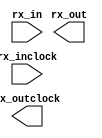
// megafunction wizard: %ALTLVDS_RX%VBB%
// GENERATION: STANDARD
// VERSION: WM1.0
// MODULE: ALTLVDS_RX 

// ============================================================
// Megafunction Name(s):
// 			ALTLVDS_RX
//
// Simulation Library Files(s):
// 			altera_mf
// ============================================================
// ************************************************************
// THIS IS A WIZARD-GENERATED FILE. DO NOT EDIT THIS FILE!
//
// 13.0.1 Build 232 06/12/2013 SP 1 SJ Web Edition
// ************************************************************

//Copyright (C) 1991-2013 Altera Corporation
//Your use of Altera Corporation's design tools, logic functions 
//and other software and tools, and its AMPP partner logic 
//functions, and any output files from any of the foregoing 
//(including device programming or simulation files), and any 
//associated documentation or information are expressly subject 
//to the terms and conditions of the Altera Program License 
//Subscription Agreement, Altera MegaCore Function License 
//Agreement, or other applicable license agreement, including, 
//without limitation, that your use is for the sole purpose of 
//programming logic devices manufactured by Altera and sold by 
//Altera or its authorized distributors.  Please refer to the 
//applicable agreement for further details.

module lvds_rx (
	rx_in,
	rx_inclock,
	rx_out,
	rx_outclock);

	input	[0:0]  rx_in;
	input	  rx_inclock;
	output	[9:0]  rx_out;
	output	  rx_outclock;

endmodule

// ============================================================
// CNX file retrieval info
// ============================================================
// Retrieval info: LIBRARY: altera_mf altera_mf.altera_mf_components.all
// Retrieval info: PRIVATE: Bitslip NUMERIC "0"
// Retrieval info: PRIVATE: Clock_Choices STRING "tx_coreclock"
// Retrieval info: PRIVATE: Clock_Mode NUMERIC "0"
// Retrieval info: PRIVATE: Data_rate STRING "800.0"
// Retrieval info: PRIVATE: Deser_Factor NUMERIC "10"
// Retrieval info: PRIVATE: Dpll_Lock_Count NUMERIC "0"
// Retrieval info: PRIVATE: Dpll_Lock_Window NUMERIC "0"
// Retrieval info: PRIVATE: Enable_DPA_Mode STRING "OFF"
// Retrieval info: PRIVATE: Enable_FIFO_DPA_Channels NUMERIC "0"
// Retrieval info: PRIVATE: Ext_PLL STRING "OFF"
// Retrieval info: PRIVATE: INTENDED_DEVICE_FAMILY STRING "Cyclone II"
// Retrieval info: PRIVATE: Le_Serdes STRING "ON"
// Retrieval info: PRIVATE: Num_Channel NUMERIC "1"
// Retrieval info: PRIVATE: Outclock_Divide_By NUMERIC "0"
// Retrieval info: PRIVATE: pCNX_OUTCLK_ALIGN NUMERIC "0"
// Retrieval info: PRIVATE: pINCLOCK_PHASE_SHIFT STRING "0.00"
// Retrieval info: PRIVATE: PLL_Enable NUMERIC "0"
// Retrieval info: PRIVATE: PLL_Freq STRING "50.00"
// Retrieval info: PRIVATE: PLL_Period STRING "20.000"
// Retrieval info: PRIVATE: pOUTCLOCK_PHASE_SHIFT NUMERIC "0"
// Retrieval info: PRIVATE: Reg_InOut NUMERIC "1"
// Retrieval info: PRIVATE: Use_Cda_Reset NUMERIC "0"
// Retrieval info: PRIVATE: Use_Clock_Resc STRING "AUTO"
// Retrieval info: PRIVATE: Use_Common_Rx_Tx_Plls NUMERIC "0"
// Retrieval info: PRIVATE: Use_Data_Align NUMERIC "0"
// Retrieval info: PRIVATE: Use_Lock NUMERIC "0"
// Retrieval info: PRIVATE: Use_Pll_Areset NUMERIC "0"
// Retrieval info: PRIVATE: Use_Rawperror NUMERIC "0"
// Retrieval info: PRIVATE: Use_Tx_Out_Phase NUMERIC "0"
// Retrieval info: CONSTANT: BUFFER_IMPLEMENTATION STRING "MUX"
// Retrieval info: CONSTANT: CDS_MODE STRING "UNUSED"
// Retrieval info: CONSTANT: COMMON_RX_TX_PLL STRING "OFF"
// Retrieval info: CONSTANT: clk_src_is_pll STRING "off"
// Retrieval info: CONSTANT: DATA_ALIGN_ROLLOVER NUMERIC "4"
// Retrieval info: CONSTANT: DATA_RATE STRING "800.0 Mbps"
// Retrieval info: CONSTANT: DESERIALIZATION_FACTOR NUMERIC "10"
// Retrieval info: CONSTANT: DPA_INITIAL_PHASE_VALUE NUMERIC "0"
// Retrieval info: CONSTANT: DPLL_LOCK_COUNT NUMERIC "0"
// Retrieval info: CONSTANT: DPLL_LOCK_WINDOW NUMERIC "0"
// Retrieval info: CONSTANT: ENABLE_CLOCK_PIN_MODE STRING "UNUSED"
// Retrieval info: CONSTANT: ENABLE_DPA_ALIGN_TO_RISING_EDGE_ONLY STRING "OFF"
// Retrieval info: CONSTANT: ENABLE_DPA_CALIBRATION STRING "ON"
// Retrieval info: CONSTANT: ENABLE_DPA_FIFO STRING "UNUSED"
// Retrieval info: CONSTANT: ENABLE_DPA_INITIAL_PHASE_SELECTION STRING "OFF"
// Retrieval info: CONSTANT: ENABLE_DPA_MODE STRING "OFF"
// Retrieval info: CONSTANT: ENABLE_DPA_PLL_CALIBRATION STRING "OFF"
// Retrieval info: CONSTANT: ENABLE_SOFT_CDR_MODE STRING "OFF"
// Retrieval info: CONSTANT: IMPLEMENT_IN_LES STRING "ON"
// Retrieval info: CONSTANT: INCLOCK_BOOST NUMERIC "0"
// Retrieval info: CONSTANT: INCLOCK_DATA_ALIGNMENT STRING "EDGE_ALIGNED"
// Retrieval info: CONSTANT: INCLOCK_PERIOD NUMERIC "20000"
// Retrieval info: CONSTANT: INCLOCK_PHASE_SHIFT NUMERIC "0"
// Retrieval info: CONSTANT: INPUT_DATA_RATE NUMERIC "800"
// Retrieval info: CONSTANT: INTENDED_DEVICE_FAMILY STRING "Cyclone II"
// Retrieval info: CONSTANT: LOSE_LOCK_ON_ONE_CHANGE STRING "UNUSED"
// Retrieval info: CONSTANT: LPM_HINT STRING "UNUSED"
// Retrieval info: CONSTANT: LPM_TYPE STRING "altlvds_rx"
// Retrieval info: CONSTANT: NUMBER_OF_CHANNELS NUMERIC "1"
// Retrieval info: CONSTANT: OUTCLOCK_RESOURCE STRING "AUTO"
// Retrieval info: CONSTANT: PLL_OPERATION_MODE STRING "NORMAL"
// Retrieval info: CONSTANT: PLL_SELF_RESET_ON_LOSS_LOCK STRING "UNUSED"
// Retrieval info: CONSTANT: PORT_RX_CHANNEL_DATA_ALIGN STRING "PORT_UNUSED"
// Retrieval info: CONSTANT: PORT_RX_DATA_ALIGN STRING "PORT_UNUSED"
// Retrieval info: CONSTANT: REFCLK_FREQUENCY STRING "UNUSED"
// Retrieval info: CONSTANT: REGISTERED_DATA_ALIGN_INPUT STRING "UNUSED"
// Retrieval info: CONSTANT: REGISTERED_OUTPUT STRING "ON"
// Retrieval info: CONSTANT: RESET_FIFO_AT_FIRST_LOCK STRING "UNUSED"
// Retrieval info: CONSTANT: RX_ALIGN_DATA_REG STRING "UNUSED"
// Retrieval info: CONSTANT: SIM_DPA_IS_NEGATIVE_PPM_DRIFT STRING "OFF"
// Retrieval info: CONSTANT: SIM_DPA_NET_PPM_VARIATION NUMERIC "0"
// Retrieval info: CONSTANT: SIM_DPA_OUTPUT_CLOCK_PHASE_SHIFT NUMERIC "0"
// Retrieval info: CONSTANT: USE_CORECLOCK_INPUT STRING "OFF"
// Retrieval info: CONSTANT: USE_DPLL_RAWPERROR STRING "OFF"
// Retrieval info: CONSTANT: USE_EXTERNAL_PLL STRING "OFF"
// Retrieval info: CONSTANT: USE_NO_PHASE_SHIFT STRING "ON"
// Retrieval info: CONSTANT: X_ON_BITSLIP STRING "ON"
// Retrieval info: USED_PORT: rx_in 0 0 1 0 INPUT NODEFVAL "rx_in[0..0]"
// Retrieval info: CONNECT: @rx_in 0 0 1 0 rx_in 0 0 1 0
// Retrieval info: USED_PORT: rx_inclock 0 0 0 0 INPUT NODEFVAL "rx_inclock"
// Retrieval info: CONNECT: @rx_inclock 0 0 0 0 rx_inclock 0 0 0 0
// Retrieval info: USED_PORT: rx_out 0 0 10 0 OUTPUT NODEFVAL "rx_out[9..0]"
// Retrieval info: CONNECT: rx_out 0 0 10 0 @rx_out 0 0 10 0
// Retrieval info: USED_PORT: rx_outclock 0 0 0 0 OUTPUT NODEFVAL "rx_outclock"
// Retrieval info: CONNECT: rx_outclock 0 0 0 0 @rx_outclock 0 0 0 0
// Retrieval info: GEN_FILE: TYPE_NORMAL lvds_rx.v TRUE FALSE
// Retrieval info: GEN_FILE: TYPE_NORMAL lvds_rx.qip TRUE FALSE
// Retrieval info: GEN_FILE: TYPE_NORMAL lvds_rx.bsf TRUE TRUE
// Retrieval info: GEN_FILE: TYPE_NORMAL lvds_rx_inst.v TRUE TRUE
// Retrieval info: GEN_FILE: TYPE_NORMAL lvds_rx_bb.v TRUE TRUE
// Retrieval info: GEN_FILE: TYPE_NORMAL lvds_rx.inc TRUE TRUE
// Retrieval info: GEN_FILE: TYPE_NORMAL lvds_rx.cmp TRUE TRUE
// Retrieval info: GEN_FILE: TYPE_NORMAL lvds_rx.ppf TRUE FALSE
// Retrieval info: LIB_FILE: altera_mf
// Retrieval info: CBX_MODULE_PREFIX: ON